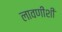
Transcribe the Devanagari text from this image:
लावणीशी